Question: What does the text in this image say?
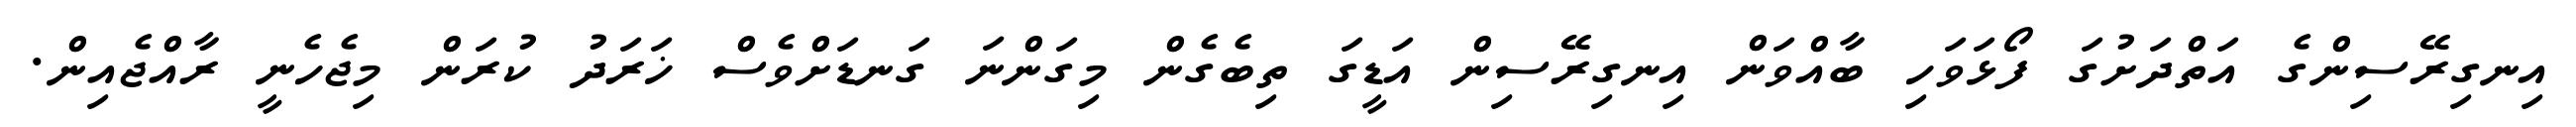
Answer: އިނގިރޭސިންގެ އަތްދަށުގަ ފޯޅަވަހި ބާއްވަން އިނގިރޭސިން އަޑީގަ ތިބެގެން މިގަންނަ ގަނޑަށްވެސް ޚަރަދު ކުރަން މިޖެހެނީ ރާއްޖެއިން.